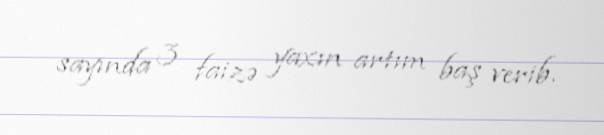
sayında 3 faizə yaxın artım baş verib.